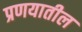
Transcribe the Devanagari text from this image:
प्रणयातील